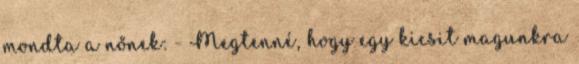
mondta a nőnek: - Megtenné, hogy egy kicsit magunkra